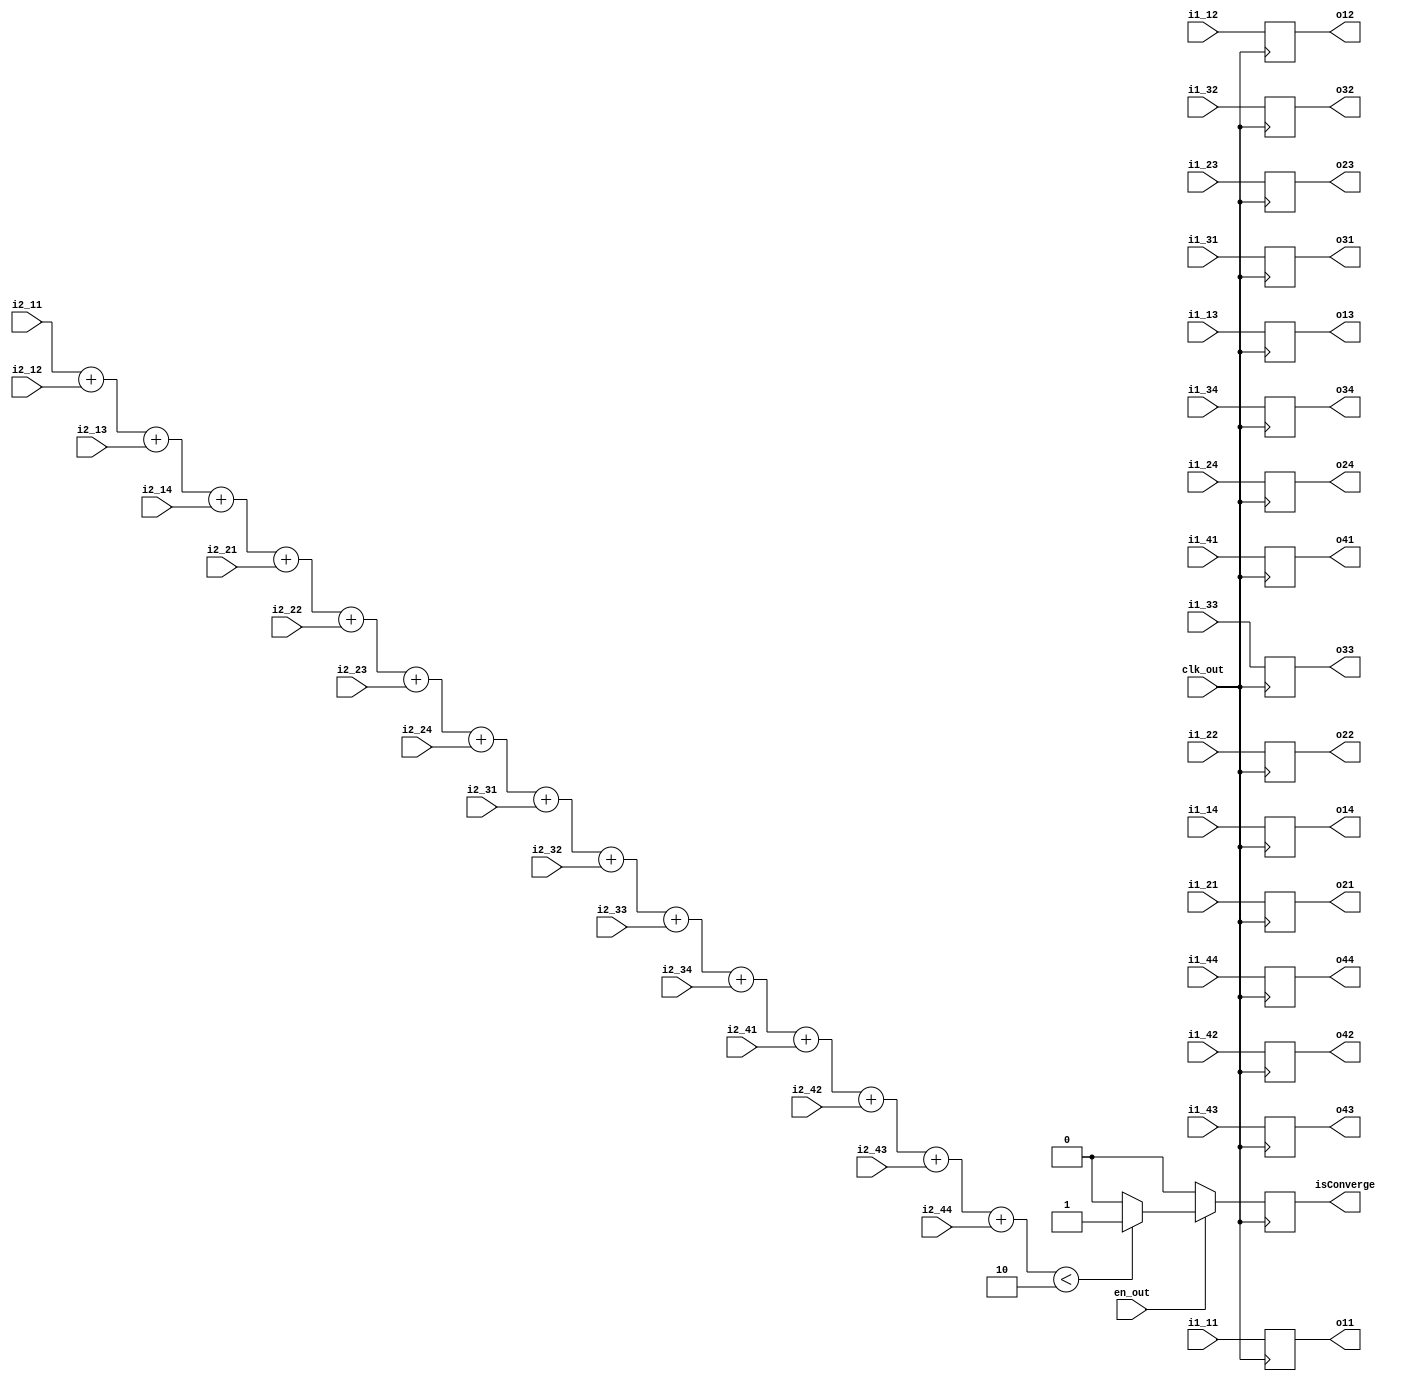
module ERROR_OUT(
    input clk_out,
    input en_out,

    input signed [25:0] i1_11, i1_12, i1_13, i1_14,
    input signed [25:0] i1_21, i1_22, i1_23, i1_24,
    input signed [25:0] i1_31, i1_32, i1_33, i1_34,
    input signed [25:0] i1_41, i1_42, i1_43, i1_44,

    input signed [25:0] i2_11, i2_12, i2_13, i2_14,
    input signed [25:0] i2_21, i2_22, i2_23, i2_24,
    input signed [25:0] i2_31, i2_32, i2_33, i2_34,
    input signed [25:0] i2_41, i2_42, i2_43, i2_44,
    
    output reg signed [25:0] o11, o12, o13, o14,
    output reg signed [25:0] o21, o22, o23, o24,
    output reg signed [25:0] o31, o32, o33, o34,
    output reg signed [25:0] o41, o42, o43, o44,
    
    output reg isConverge
);

wire signed [29:0] distance;
assign distance = i2_11 + i2_12 + i2_13 + i2_14 + i2_21 + i2_22 + i2_23 + i2_24 + i2_31 + i2_32 + i2_33 + i2_34 + i2_41 + i2_42 + i2_43 + i2_44;

always @(posedge clk_out) begin
    if (en_out) begin
        o11 <= i1_11; o12 <= i1_12; o13 <= i1_13; o14 <= i1_14;
        o21 <= i1_21; o22 <= i1_22; o23 <= i1_23; o24 <= i1_24;
        o31 <= i1_31; o32 <= i1_32; o33 <= i1_33; o34 <= i1_34;
        o41 <= i1_41; o42 <= i1_42; o43 <= i1_43; o44 <= i1_44;
        if (distance < 30'd2) begin
            isConverge <= 1;
        end else begin
            isConverge <= 0;
        end
    end else begin
        o11 <= i1_11; o12 <= i1_12; o13 <= i1_13; o14 <= i1_14;
        o21 <= i1_21; o22 <= i1_22; o23 <= i1_23; o24 <= i1_24;
        o31 <= i1_31; o32 <= i1_32; o33 <= i1_33; o34 <= i1_34;
        o41 <= i1_41; o42 <= i1_42; o43 <= i1_43; o44 <= i1_44;
        isConverge <= 0;
    end
end

endmodule